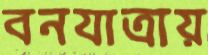
বনযাত্রায়